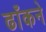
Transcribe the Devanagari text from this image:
ढाँकने